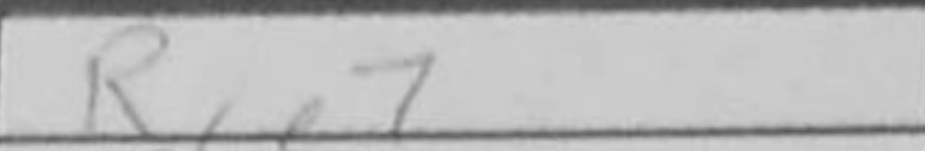
Transcription: Rce7